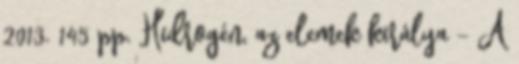
2013. 145 pp. Hidrogén, az elemek királya - A